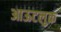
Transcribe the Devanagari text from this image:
आऊटलुक